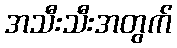
အသီးသီးအတွက်